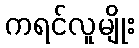
ကရင်လူမျိုး